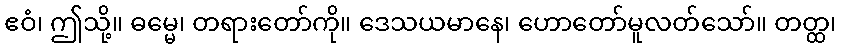
ဧဝံ၊ ဤသို့။ ဓမ္မေ၊ တရားတော်ကို။ ဒေသယမာနေ၊ ဟောတော်မူလတ်သော်။ တတ္ထ၊